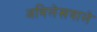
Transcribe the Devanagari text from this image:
अभिलेखवाले